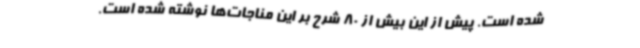
شده است. پیش از این بیش از 80 شرح بر این مناجات‌ها نوشته شده است.